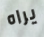
يراه